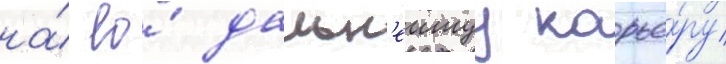
на́ ео́ дальн'еишуу карье́ру